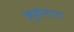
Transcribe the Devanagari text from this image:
जुवेंताद